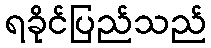
ရခိုင်ပြည်သည်